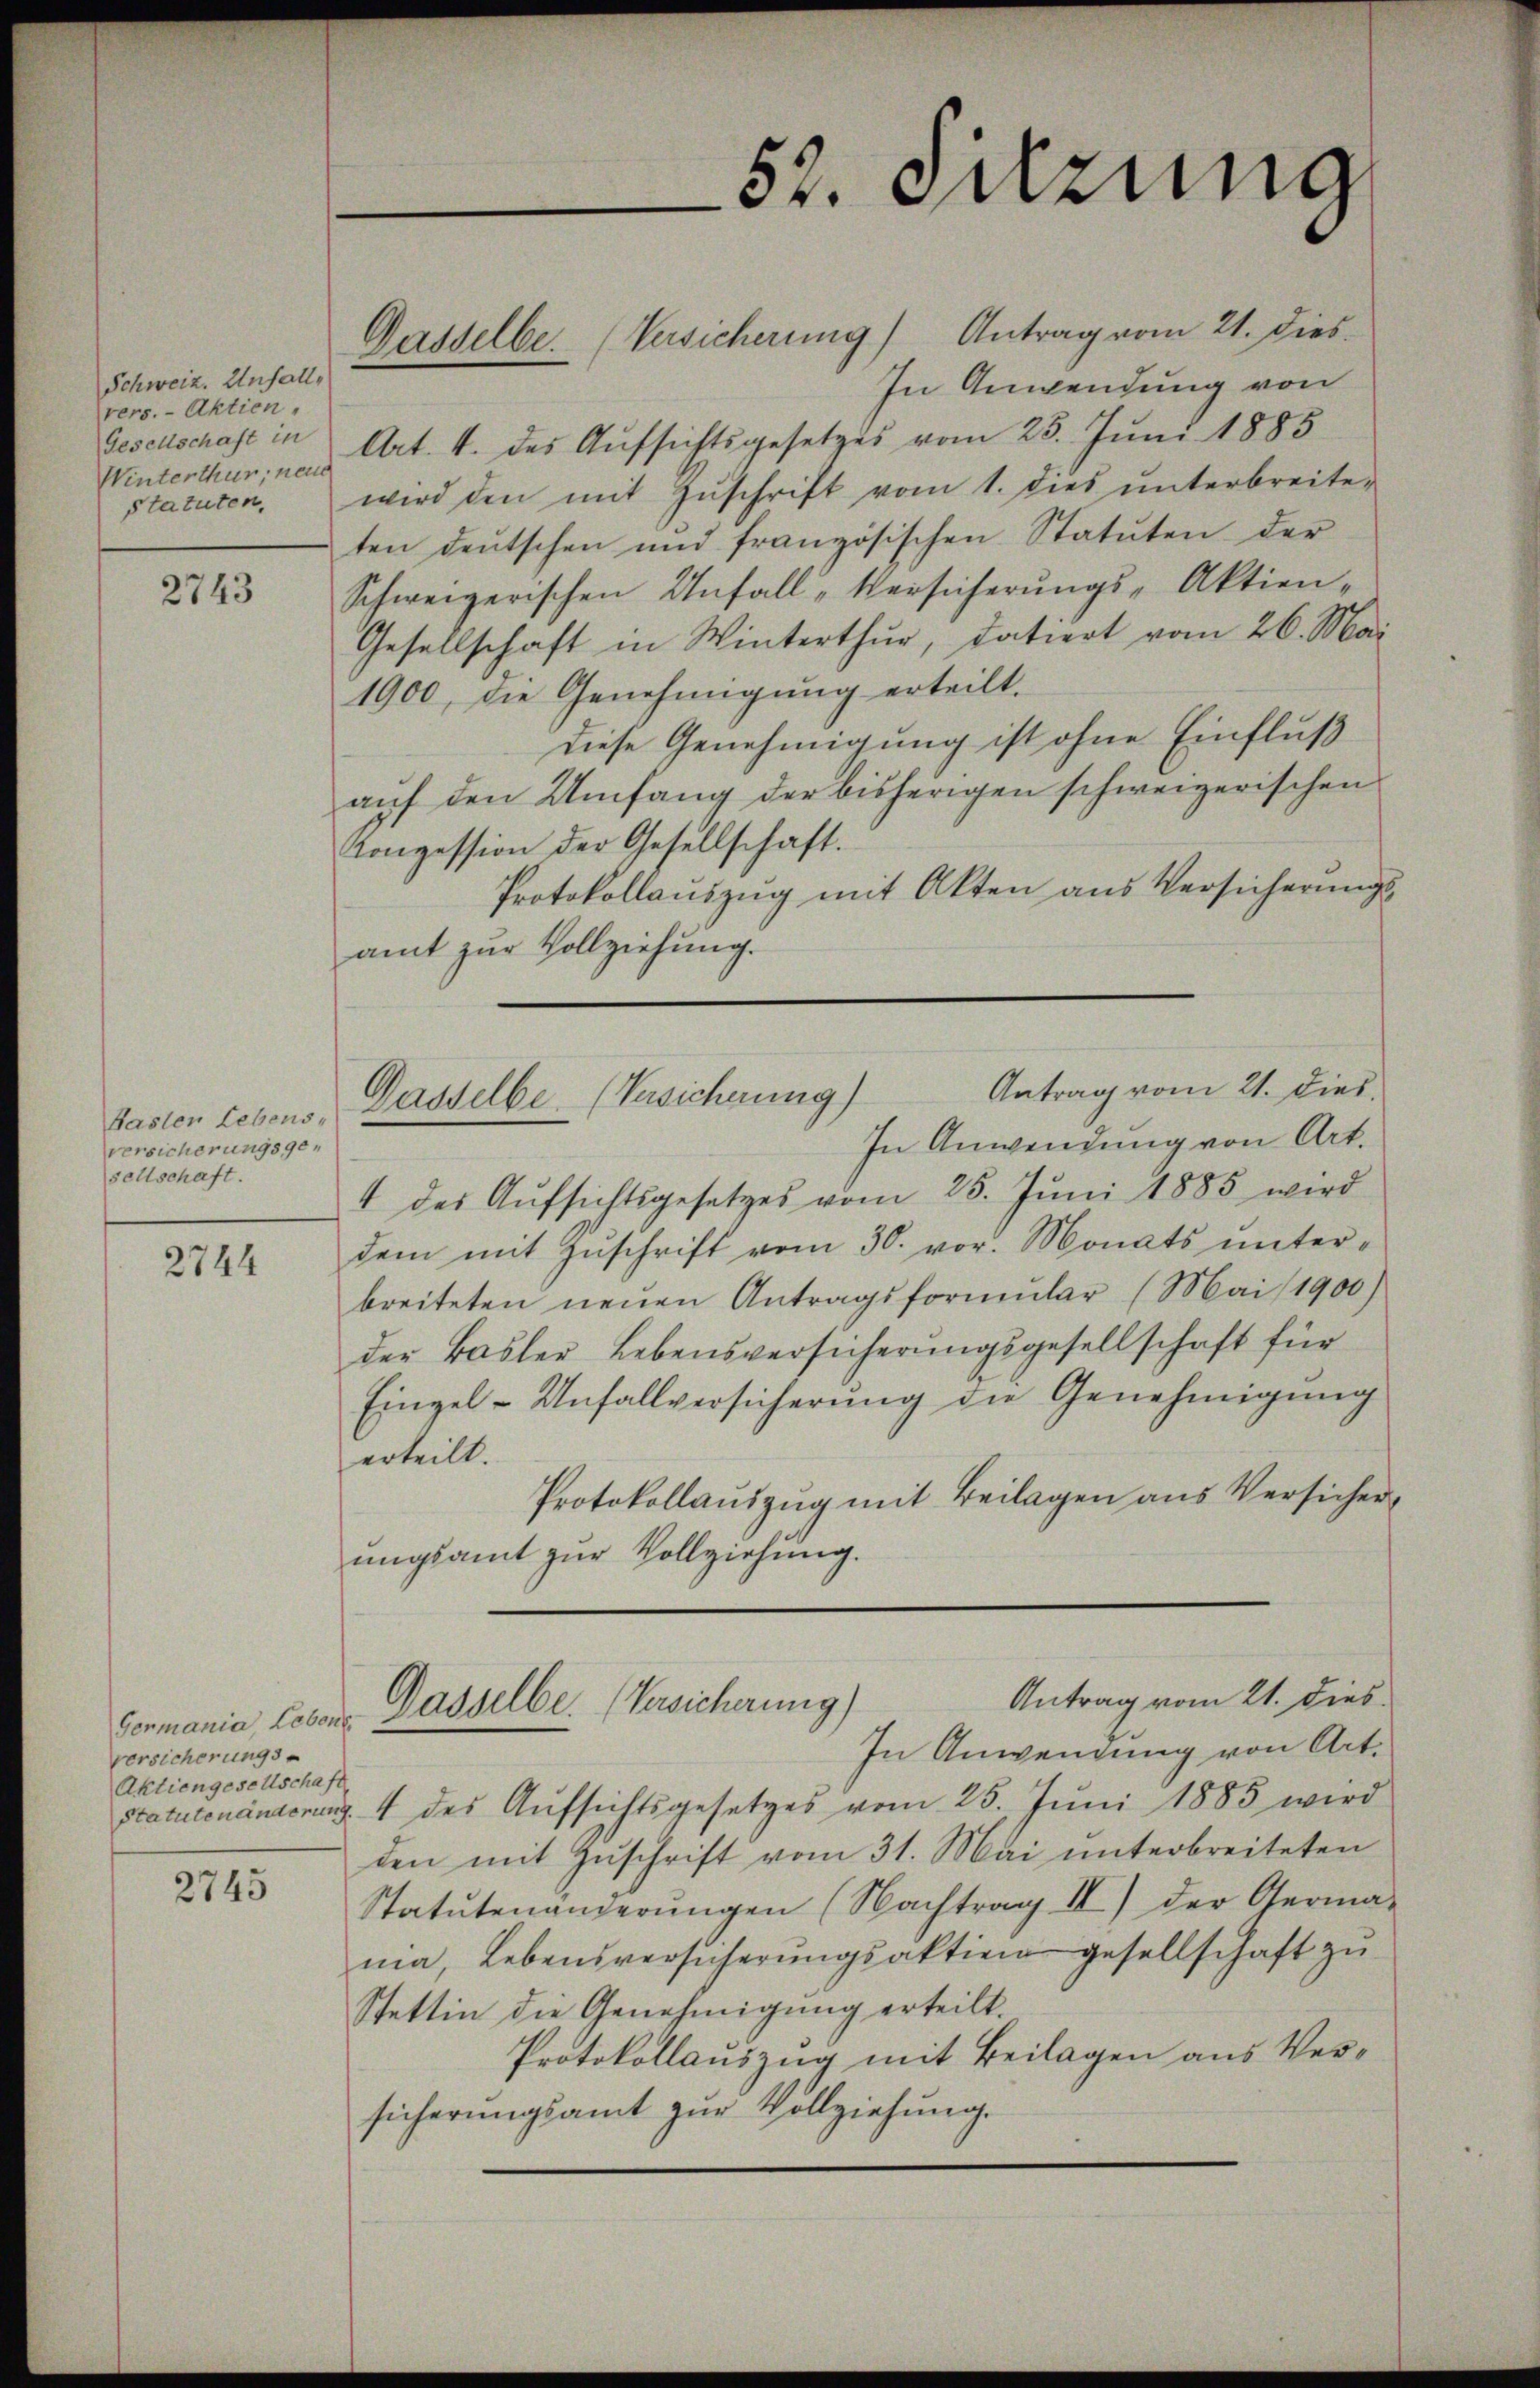
Schweiz. Unfall,
rers. - Aktien,
Gesellschaft in
Winterthur, neue
statuten,

2743

Kasten Lebens-
versicherungsgesellschaft.

2744

versicherungs
Aktiengesellschaft

2745

Dasselbe. (Versicherung) Antrag vom 21. dies
In Anwendung von
Art. 4. des Aufsichtsgesetzes vom 25. Juni 1885
wird den mit Zŭschrift vom 1. dies ŭnterbreite-
ten deutschen und französischen Statuten der
Schweizerischen Unfall-Versicherungs-Aktien-
Gesellschaft in Winterthur, datiert vom 26. Mai
1900, die Genehmigung erteilt.
Diese Genehmigung ist ohne Einfluß
auf den Umfang der bisherigen schweizerischen
Conzession der Gesellschaft.
Protokollauszug mit Akten aus Versicherungsamt zur Vollziehung.
In Anwendung von Art.
4 des Aŭfsichtsgesetzes vom 25. Jŭni 1885 wird
dem mit Zŭschrift vom 30. vor. Monats ŭnterbreiteten neŭen Antragsformŭlar (Mai 1900)
der Basler Lebensversicherungsgesellschaft für
Eingel - Unfallversicherung die Genehmigung
erteilt.
Protokollauszug mit Beilagen aus Versicher,
ungsamt zur Vollziehung.
Antrag vom 21. dies
Germania, Lebens. Dasselbe. Versicherung)
In Anwendung von Art.
Statutenänderung 4 des Aufsichtsgesetzes vom 25. Juni 1885 wird
den mit Zuschrift vom 31. Mai unterbreiteten
Statutenänderungen (Nachtrag II) der Germa-
nia, Lebensversicherŭngsaktien gesellschaft zu
Stettin die Genehmigung erteilt.
Protokollauszug mit Beilagen aus Versicherŭngsamt zŭr Vollziehung.

52. Sitzung

Antrag vom 21. dies.
Gasselbe (Versicherung)